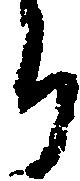
ち